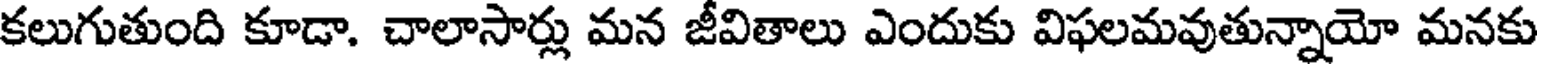
కలుగుతుంది కూడా. చాలాసార్లు మన జీవితాలు ఎందుకు విఫలమవుతున్నాయో మనకు